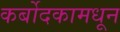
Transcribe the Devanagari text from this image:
कर्बोदकामधून